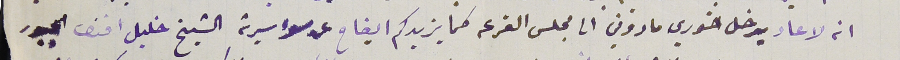
انه لاعاد يدخل خوري ماروني الى مجلس القرعه كما يزيدكم ايضاح عن سوء سيرته الشيخ خليل افندى الجبور